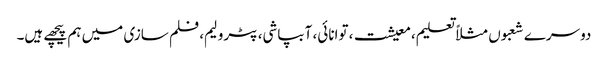
دوسرے شعبوں مثلاً تعلیم، معیشت، توانائی، آبپاشی، پٹرولیم، فلم سازی میں ہم پیچھے ہیں۔